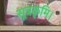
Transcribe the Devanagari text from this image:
सूत्रकृमि।